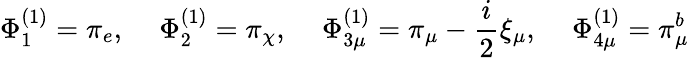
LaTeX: \Phi_{1}^{(1)}=\pi_{e},\quad\, \Phi_{2}^{(1)}=\pi_{\chi},\, \quad\Phi_{3\mu}^{(1)}=\pi_{\mu}-\frac{i}{2}\xi_{\mu},\quad\, \Phi_{4\mu}^{(1)}=\pi_{\mu}^{b}